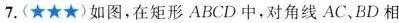
7.(★★★)如图，在矩形ABCD中，对角线AC、BD相